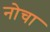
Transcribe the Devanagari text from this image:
नोचा